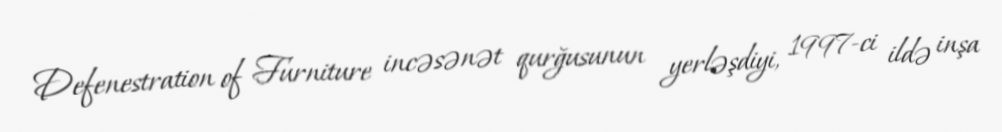
Defenestration of Furniture incəsənət qurğusunun yerləşdiyi, 1997-ci ildə inşa